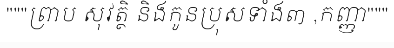
"""ព្រាប សុវត្ថិ និងកូនប្រុសទាំង៣ ,កញ្ញា"""